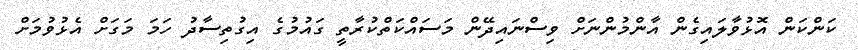
ކަންކަން އޮޅުވާލައިގެން އާންމުންނަށް ވިސްނައިދޭން މަސައްކަތްކުރާތީ ގައުމުގެ އިގުތިސާދު ހަމަ މަގަށް އެޅުވުމަށް